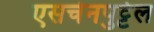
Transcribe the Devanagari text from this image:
एसचेनपुट्टेल